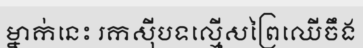
ម្នាក់នេះ រកស៊ីបទល្មើសព្រៃឈើចឹង